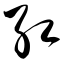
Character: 红